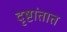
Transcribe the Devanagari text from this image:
दृष्टांतात